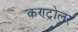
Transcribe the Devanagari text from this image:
कण्ट्रोलर